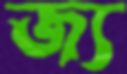
জ্য